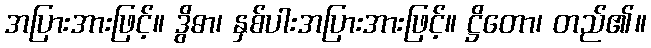
အပြားအားဖြင့်။ ဒွိဓာ၊ နှစ်ပါးအပြားအားဖြင့်။ ဋ္ဌိတော၊ တည်၏။